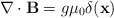
\begin{align*}\nabla \cdot {\bf B} = g {\mu}_{0} \delta ( {\bf x} )\end{align*}